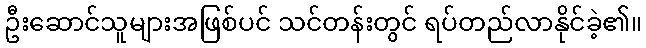
ဦးဆောင်သူများအဖြစ်ပင် သင်တန်းတွင် ရပ်တည်လာနိုင်ခဲ့၏။